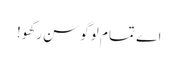
اے تما م لوگو سن رکھو!